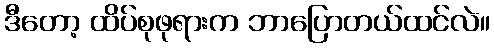
ဒီတော့ ထိပ်စုဖုရားက ဘာပြောတယ်ထင်လဲ။